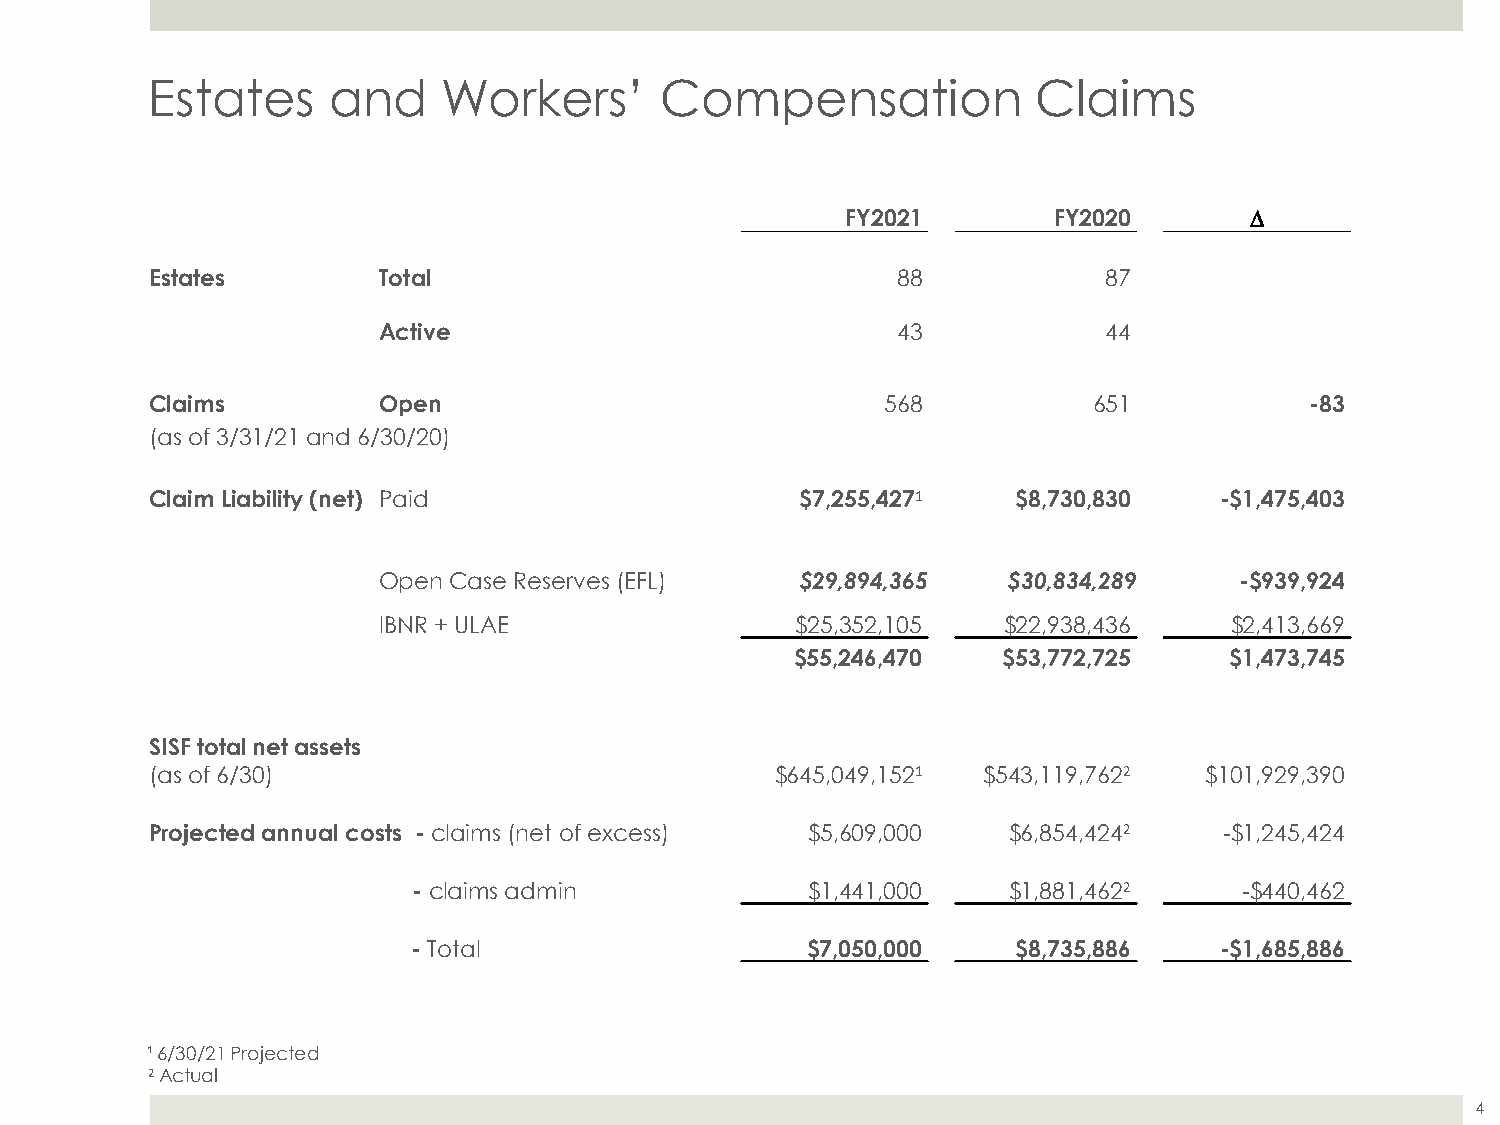
Estates     and    Workers’       Compensation             Claims
 FY2021        FY2020       D
 Estates        Total                             88            87
 Active                            43            44
 Claims         Open                              568          651            -83
 (as of 3/31/21 and 6/30/20)
 Claim Liability (net) Paid                 $7,255,4271   $8,730,830    -$1,475,403
 Open Case Reserves (EFL)    $29,894,365   $30,834,289    -$939,924
 IBNR + ULAE                 $25,352,105  $22,938,436    $2,413,669
 $55,246,470  $53,772,725    $1,473,745
 SISF total net assets
 (as of 6/30)                             $645,049,1521 $543,119,7622  $101,929,390
 Projected annual costs - claims (net of excess) $5,609,000 $6,854,4242 -$1,245,424
 - claims admin            $1,441,000    $1,881,4622    -$440,462
 - Total                   $7,050,000    $8,735,886    -$1,685,886
 ¹ 6/30/21 Projected
 2Actual
 4